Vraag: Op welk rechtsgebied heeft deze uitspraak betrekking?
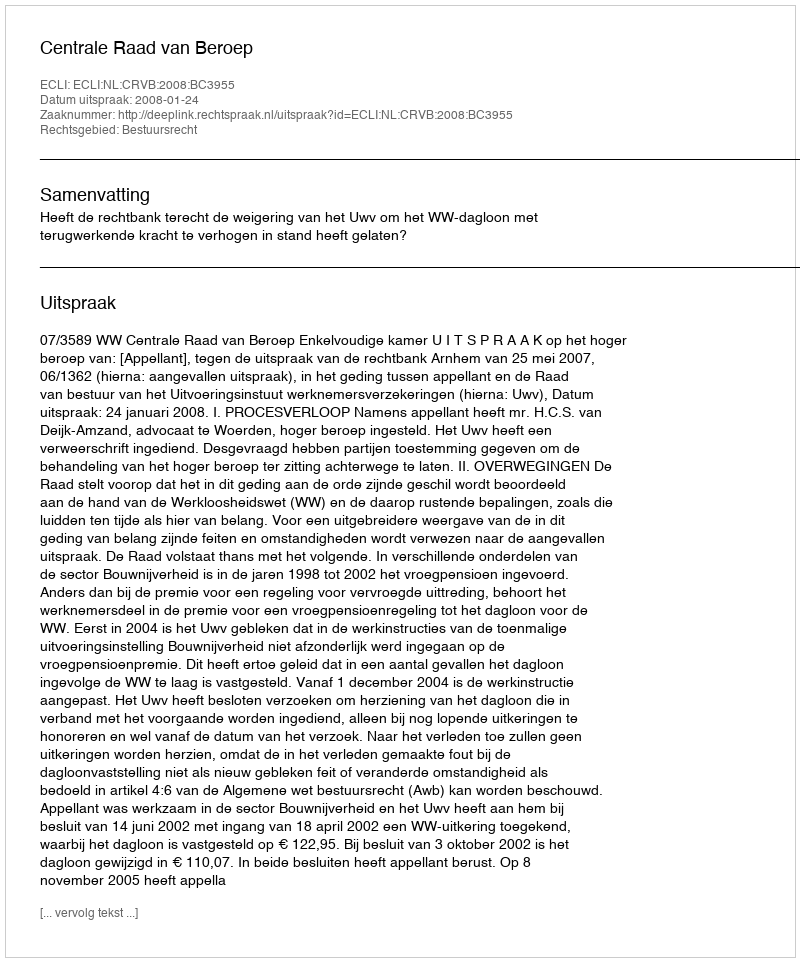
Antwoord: Bestuursrecht